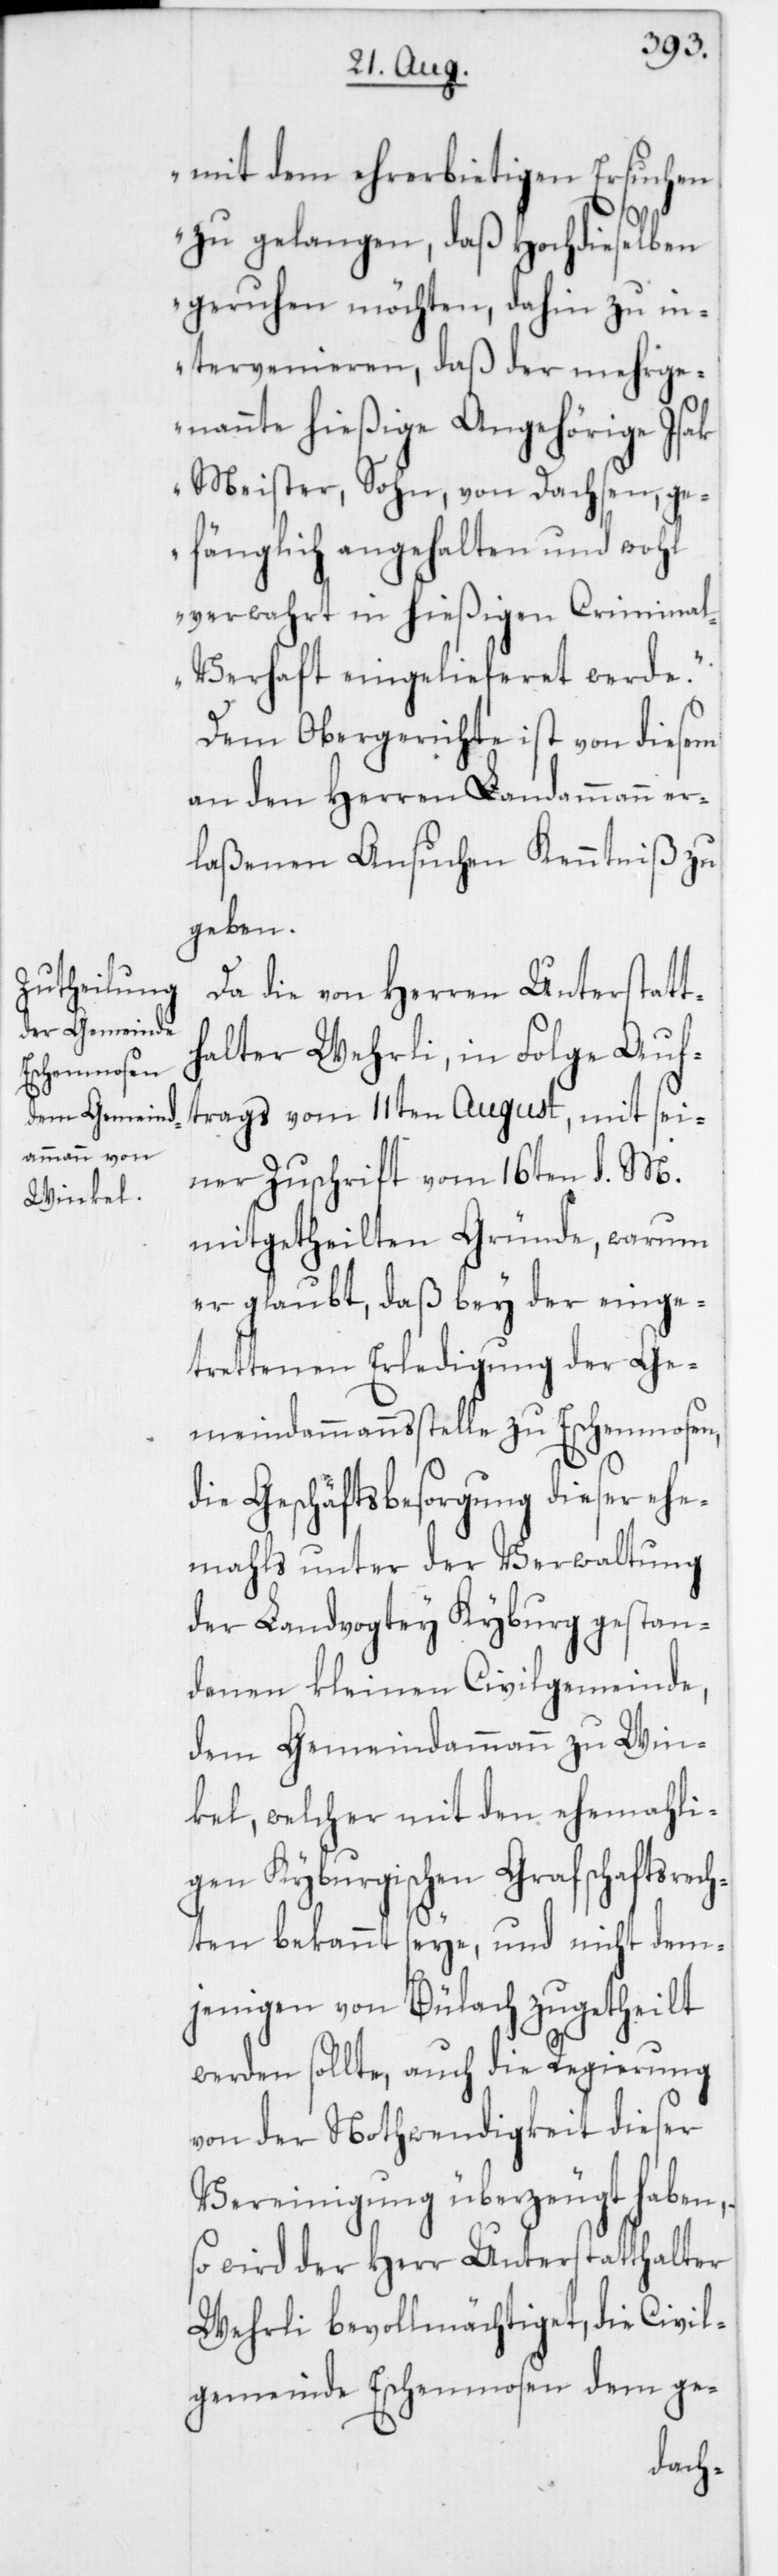
mit dem ehrerbietigen Ersuchen
zu gelangen, daß Hochdieselben
geruhen möchten, dahin zu in¬
tervenieren, daß der mehrge¬
nannte hießige Angehörige Isak
Meister Sohn, von Dachsen, ge¬
fänglich angehalten und wohl
verwahrt in hießigen Crimina¬
l-Verhaft eingelieferet werde.“
Dem Obergerichte ist von diesem
an den Herren Landammann er¬
laßenen Ansuchen Kenntniß zu
geben.
Da die von Herren Unterstatt¬
halter Wehrli, in Folge Auf¬
trags vom 11ten August, mit sei¬
ner Zuschrift vom 16ten d. M.
mitgetheilten Gründe, warum
er glaubt, daß bey der einge¬
trettenen Erledigung der Ge¬
meindammannsstelle zu Eschenmosen,
die Geschäftsbesorgung dieser ehe¬
mahls unter der Verwaltung
der Landvogtey Kyburg gestan¬
denen kleinen Civilgemeinde,
dem Gemeindammann zu Win¬
kel, welcher mit den ehemahli¬
gen Kyburgischen Grafschaftsrech¬
ten bekannt seye, und nicht dem¬
jenigen von Bülach zugetheilt
werden sollte, auch die Regierung
von der Nothwendigkeit dieser
Vereinigung überzeugt haben,
so wird der Herr Unterstatthalter
Wehrli bevollmächtiget, die Civil¬
gemeinde Eschenmosen dem ge-